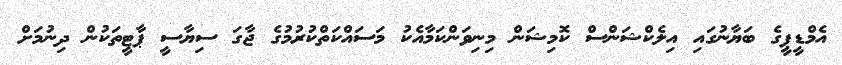
އެމްޑީޕީގެ ބަޔާނުގައި އިލެކްޝަންސް ކޮމިޝަން މިނިވަންކަމާއެކު މަސައްކަތްކުރުމުގެ ޖާގަ ސިޔާސީ ޕާޓީތަކުން ދިނުމަށް